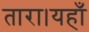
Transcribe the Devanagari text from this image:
तारा।यहाँ